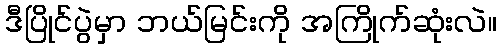
ဒီပြိုင်ပွဲမှာ ဘယ်မြင်းကို အကြိုက်ဆုံးလဲ။